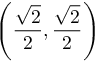
\left( { \frac { \sqrt { 2 } } { 2 } } , { \frac { \sqrt { 2 } } { 2 } } \right)